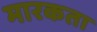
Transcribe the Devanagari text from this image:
मारकता